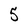
Character: 5